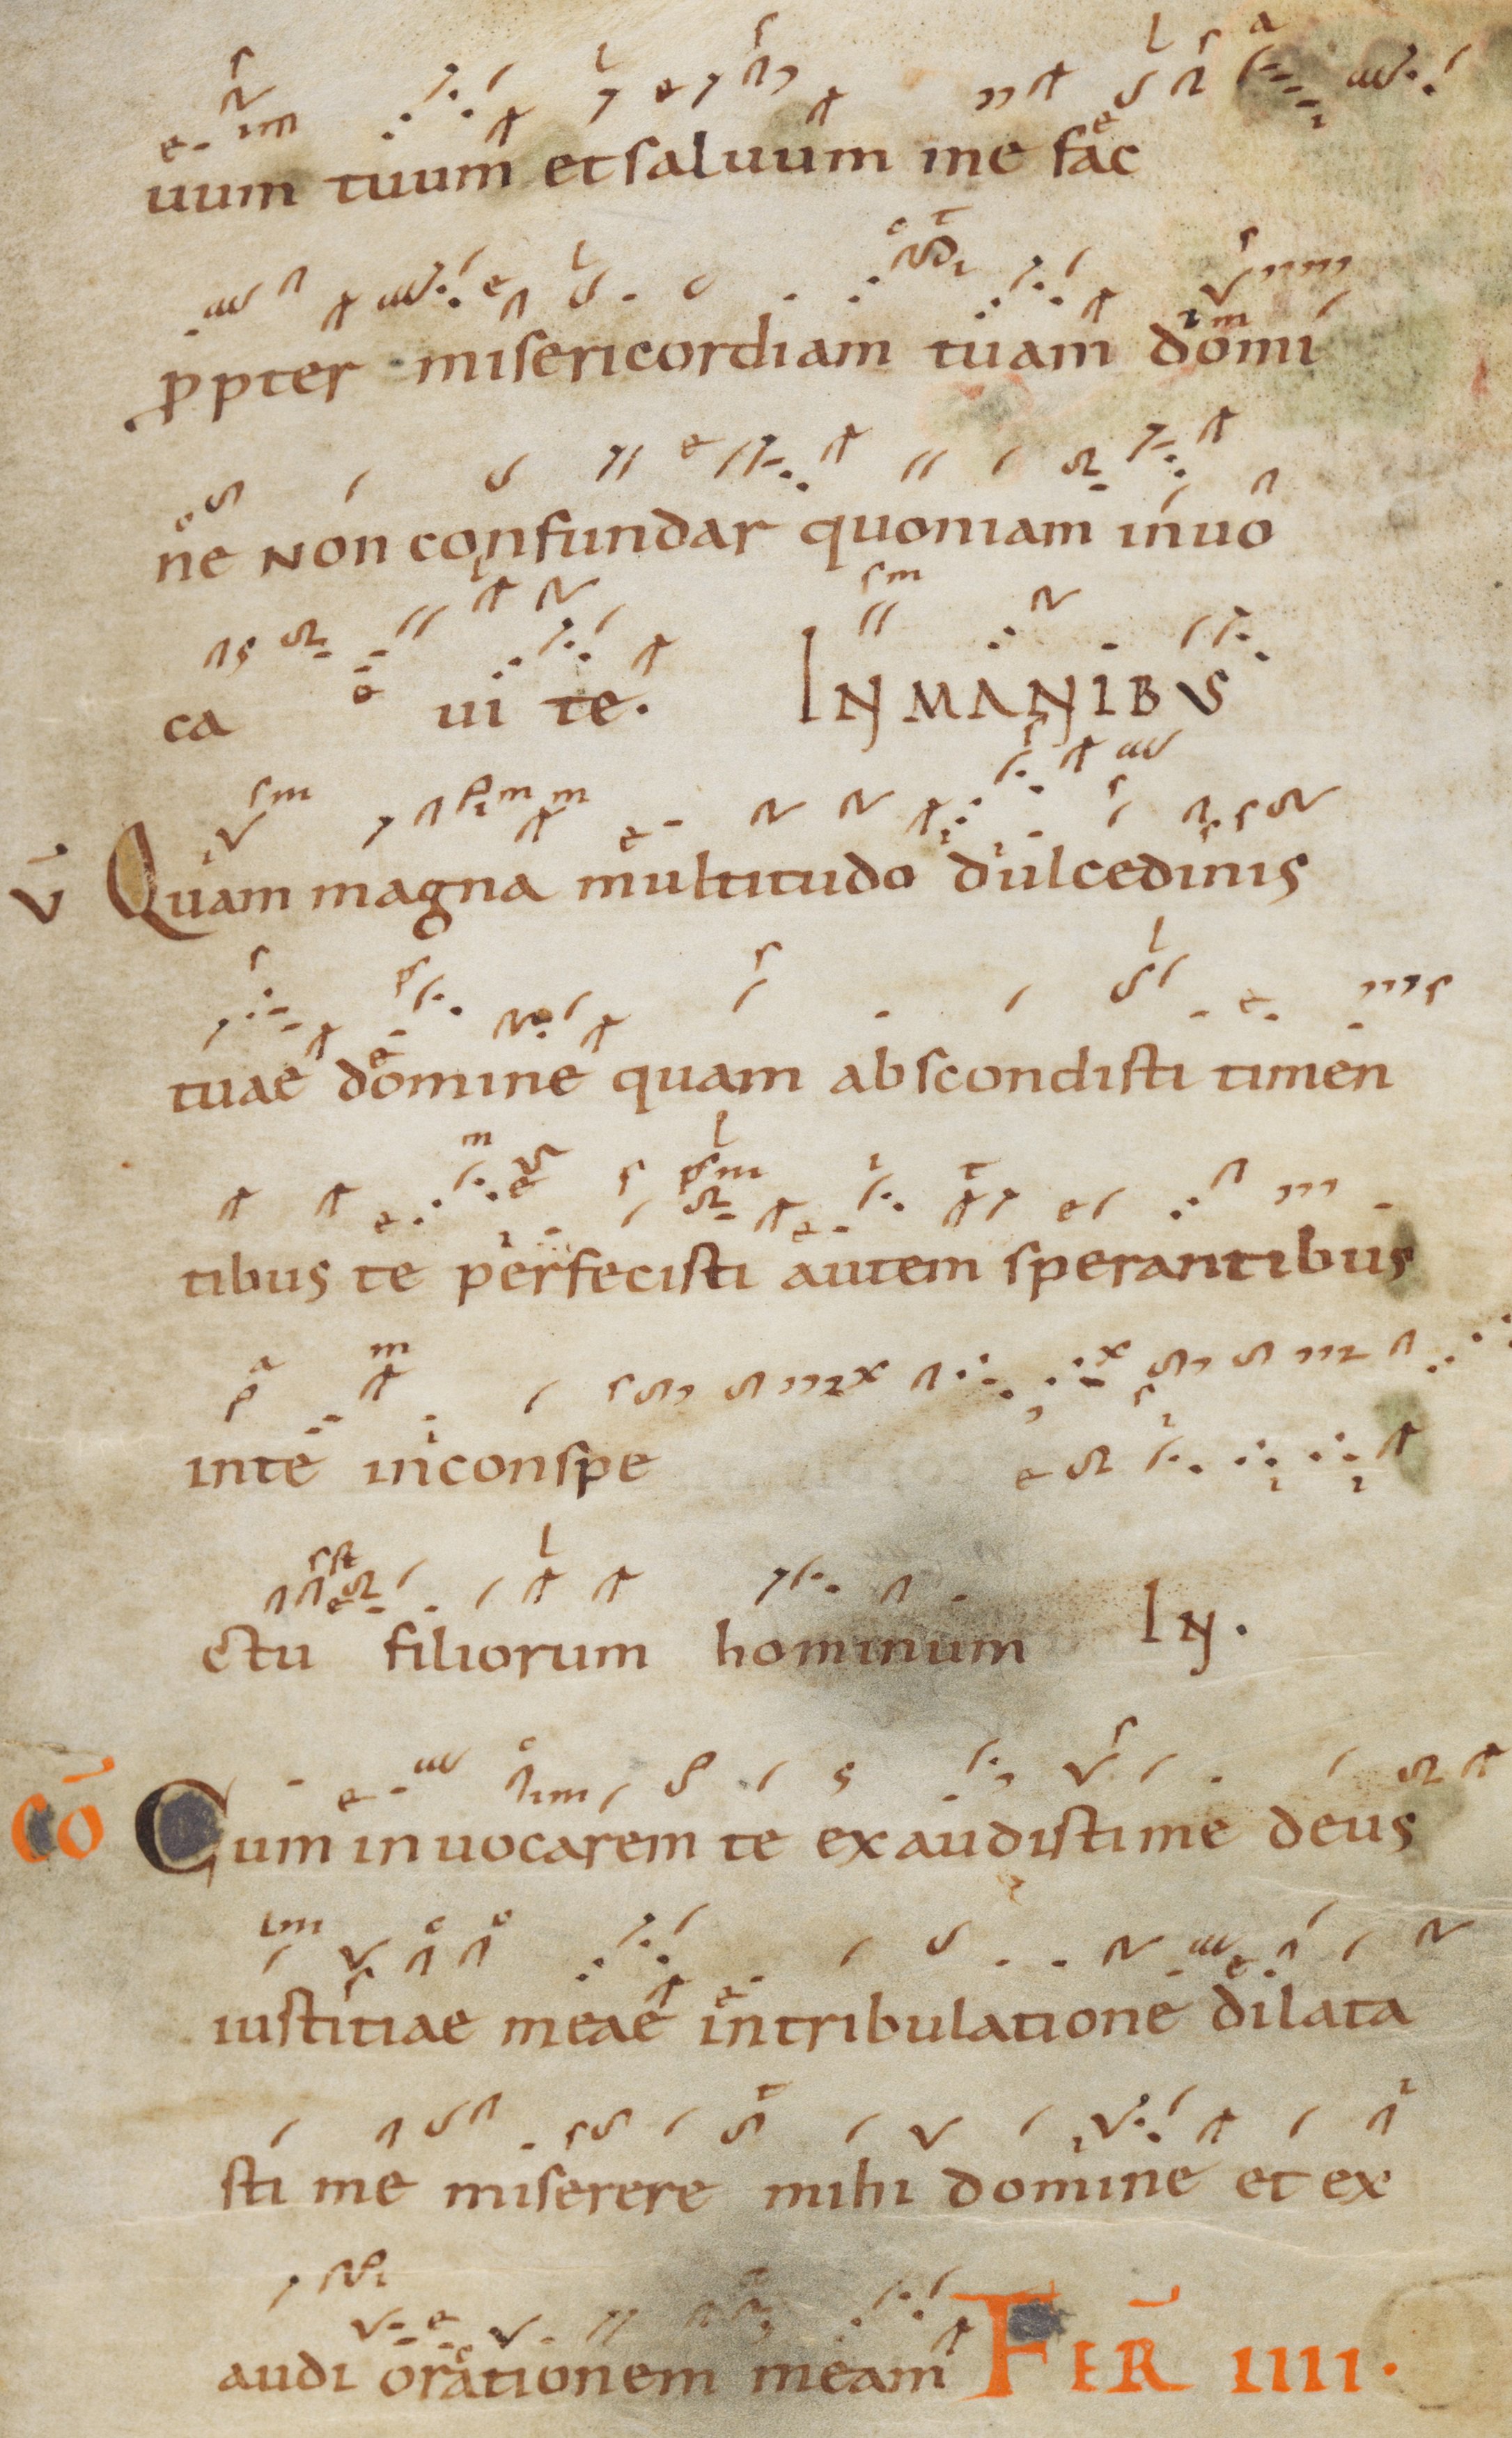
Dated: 945–985